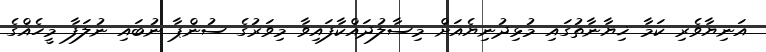
އަނިޔާވެރި ކަމާ ޚިޔާނާތުގައި މުޅިދުނިޔެއަށް މިސާލުދައްކާފައިވާ މިވަރުގެ ސުންޕާ ނުބައި ނުލަފާ މީހެއްގެ